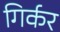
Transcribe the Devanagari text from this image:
गिर्कर